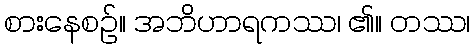
စားနေစဉ်။ အဘိဟာရကဿ၊ ၏။ တဿ၊